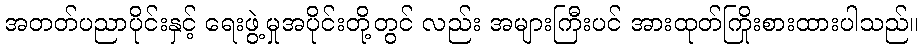
အတတ်ပညာပိုင်းနှင့် ရေးဖွဲ့မှုအပိုင်းတို့တွင် လည်း အများကြီးပင် အားထုတ်ကြိုးစားထားပါသည်။